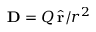
{ \bf D } = Q \, \hat { { \bf r } } / r ^ { 2 }